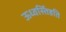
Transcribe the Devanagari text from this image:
ऊध्वर्स्तिष्ठति